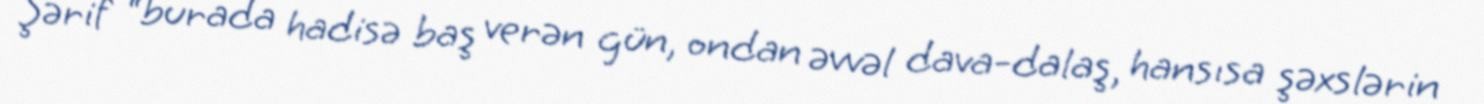
Şərif “burada hadisə baş verən gün, ondan əvvəl dava-dalaş, hansısa şəxslərin